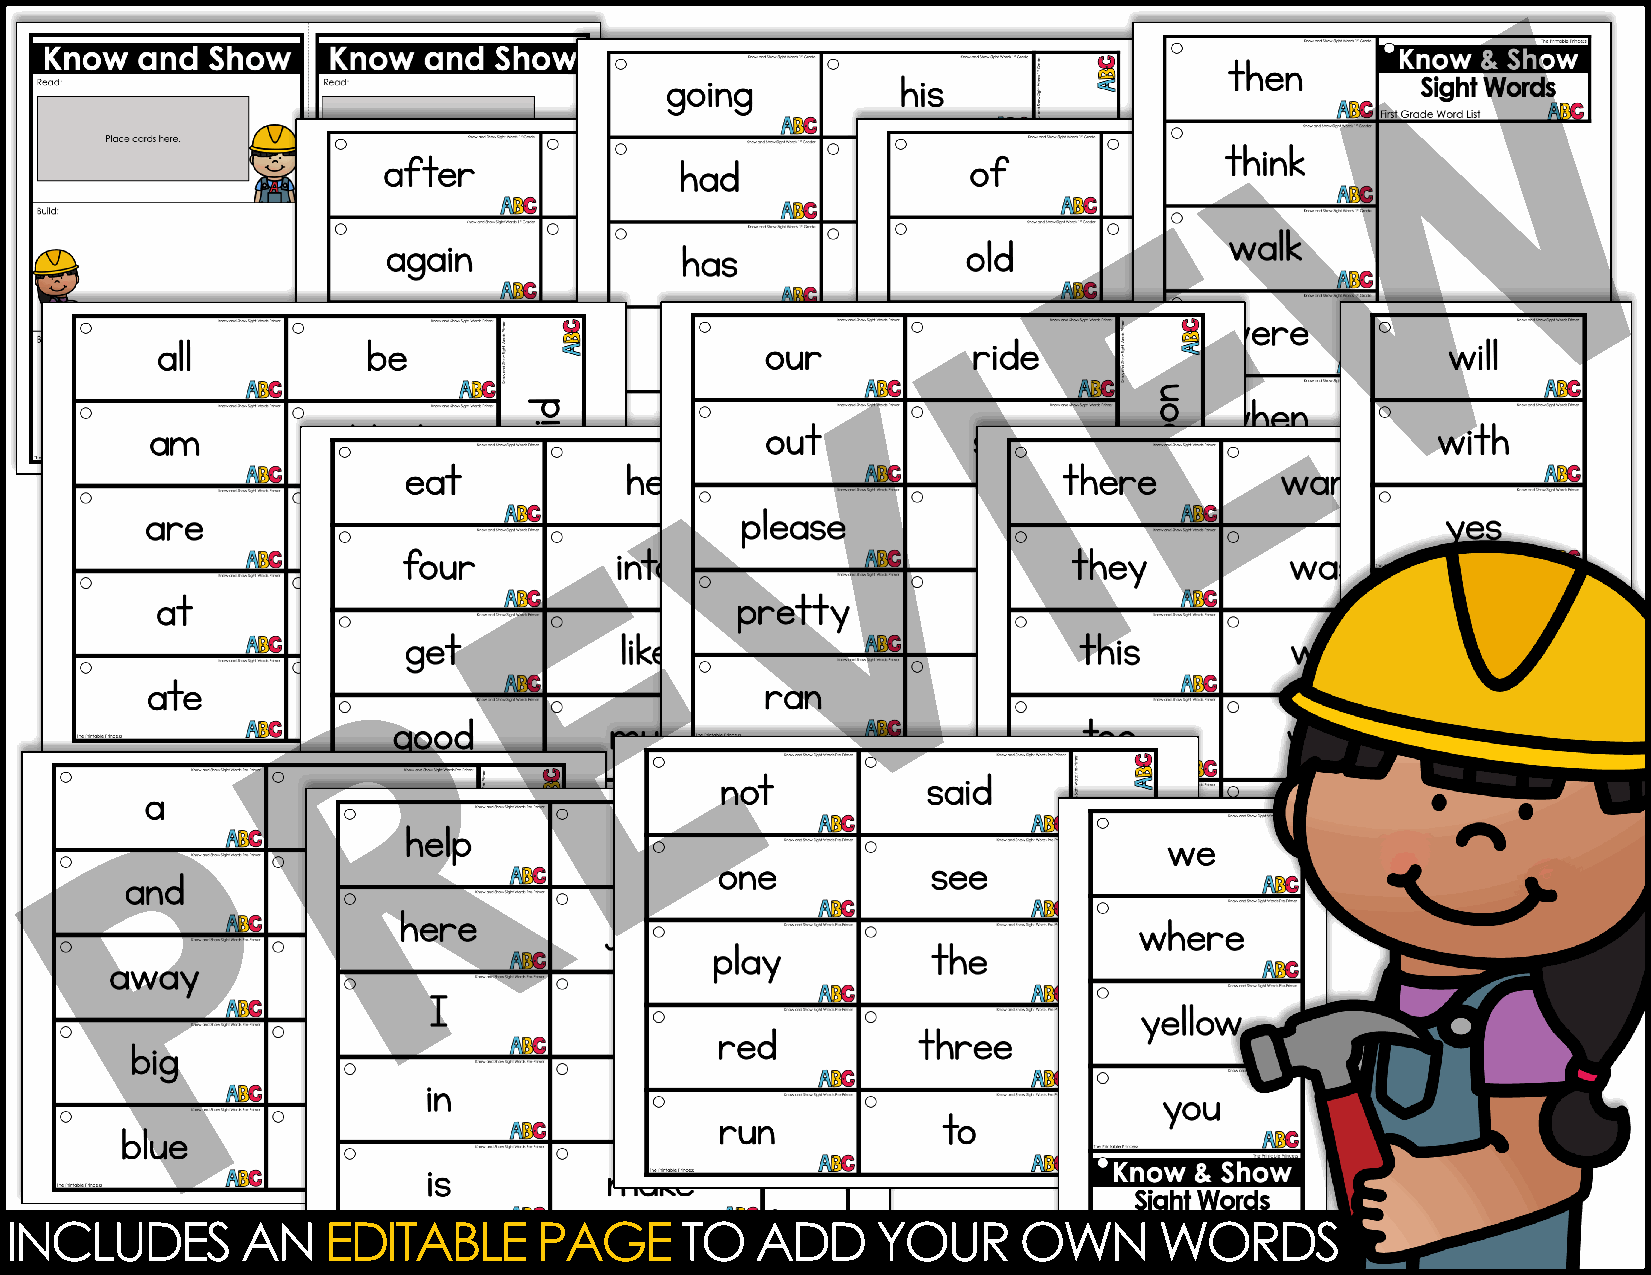
INCLUDES        AN   EDITABLE      PAGE      TO   ADD     YOUR     OWN       WORDS